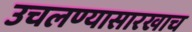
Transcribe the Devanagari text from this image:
उचलण्यासारखाच